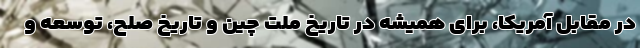
در مقابل آمریکا، برای همیشه در تاریخ ملت چین و تاریخ صلح، توسعه و